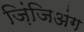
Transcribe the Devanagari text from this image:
ज़िंजिअंग